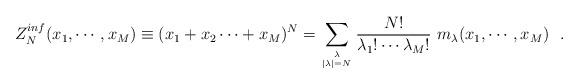
LaTeX: \begin{align*}Z_N^{inf}(x_1,\cdots,x_M) \equiv (x_1+x_2\cdots + x_M)^N = \sum_{\lambda\atop{|\lambda|=N}} {N!\over\lambda_1!\cdots\lambda_M!} ~m_\lambda(x_1,\cdots, x_M)\,\,\,\,.\end{align*}